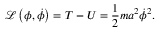
{ \mathcal { L } } \left( \phi , { \dot { \phi } } \right) = T - U = { \frac { 1 } { 2 } } m a ^ { 2 } { \dot { \phi } } ^ { 2 } .